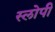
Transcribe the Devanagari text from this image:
स्लोपी